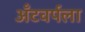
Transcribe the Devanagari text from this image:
अँटवर्पला